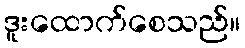
ဒူးထောက်စေသည်။